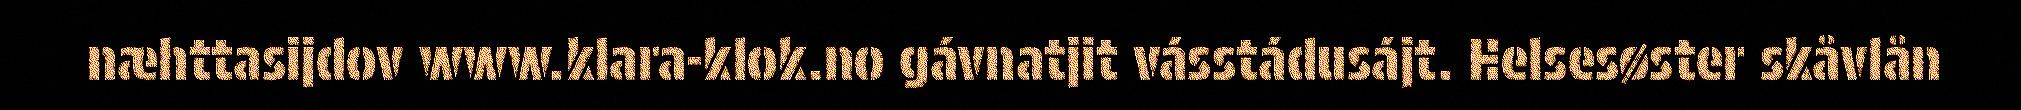
næhttasijdov www.klara-klok.no gávnatjit vásstádusájt. Helsesøster skåvlån